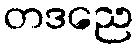
တဒညေ